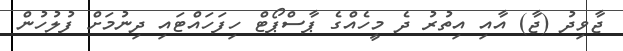
ޖާވިދު (ޖާ) އާއި އިތުރު ދެ މީހެއްގެ ޕާސްޕޯޓް ހިފަހައްޓައި ދިނުމަށް ފުލުހުން